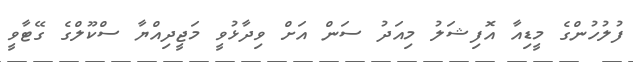
ފުލުހުންގެ މީޑިއާ އޮފިޝަލު މިއަދު ސަން އަށް ވިދާޅުވީ މަޖީދިއްޔާ ސްކޫލްގެ ގޭޓާވީ